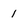
Character: 1